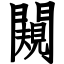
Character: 闚